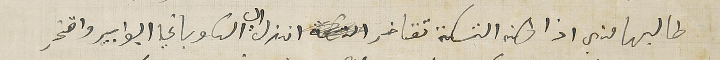
طالبها مني اذا كان التسكة تتاخر انزل الى الكوباني البوابير واقدر